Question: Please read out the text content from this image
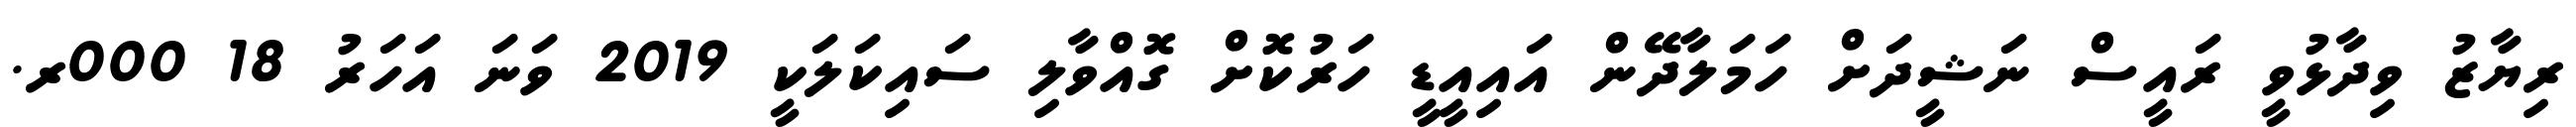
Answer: ރިޔާޒު ވިދާޅުވީ ރައީސް ނަޝީދަށް ހަމަލާދޭން އައިއީޑީ ހަރުކޮށް ގޮއްވާލި ސައިކަލަކީ 2019 ވަނަ އަހަރު 18 000ރ.